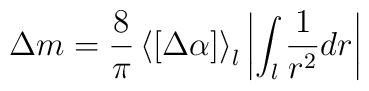
\Delta m = \frac{8}{\pi}\left< [\Delta \alpha] \right>_l \left|\int_{l}\frac{1}{r^2}dr\right|